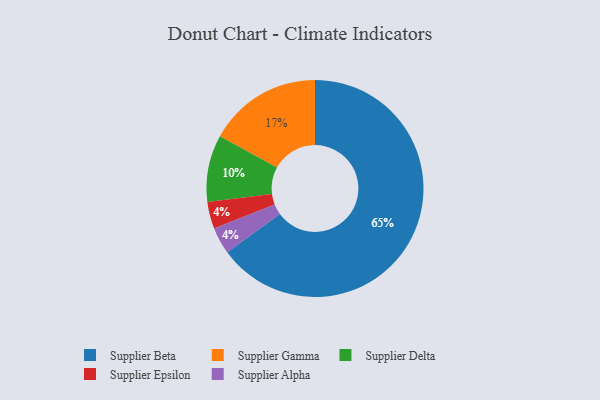
{"axis": {"x": "Category", "y": "Percentage"}, "legend": ["Supplier Alpha", "Supplier Beta", "Supplier Delta", "Supplier Epsilon", "Supplier Gamma"], "data": [{"x": "Supplier Delta", "y": 10, "type": "Supplier Delta"}, {"x": "Supplier Epsilon", "y": 4, "type": "Supplier Epsilon"}, {"x": "Supplier Gamma", "y": 17, "type": "Supplier Gamma"}, {"x": "Supplier Beta", "y": 65, "type": "Supplier Beta"}, {"x": "Supplier Alpha", "y": 4, "type": "Supplier Alpha"}]}